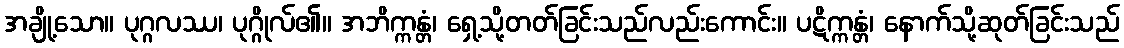
အချို့သော။ ပုဂ္ဂလဿ၊ ပုဂ္ဂိုလ်၏။ အဘိက္ကန္တံ၊ ရှေ့သို့တတ်ခြင်းသည်လည်းကောင်း။ ပဋိက္ကန္တံ၊ နောက်သို့ဆုတ်ခြင်းသည်